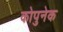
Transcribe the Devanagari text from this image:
कोपुनेक